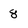
Character: 8